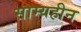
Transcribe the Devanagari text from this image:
साम्यहीन